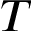
T